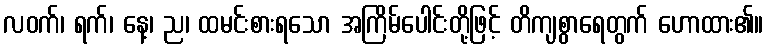
လဝက်၊ ရက်၊ နေ့၊ ည၊ ထမင်းစားရသော အကြိမ်ပေါင်းတို့ဖြင့် တိကျစွာရေတွက် ဟောထား၏။